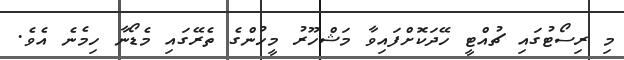
މި ރިސޯޓުގައި ޗުއްޓީ ހޭދަކޮށްފައިވާ މަޝްހޫރު މީހުންގެ ތެރޭގައި މެޑޯނާ ހިމެނެ އެވެ.